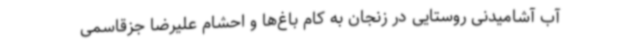
آب آشامیدنی روستایی در زنجان به کام باغ‌ها و احشام علیرضا جزقاسمی